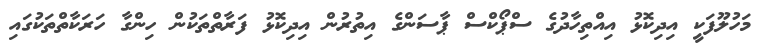
މަހުލޫފަކީ އިދިކޮޅު އިއްތިހާދުގެ ސްޕޯކްސް ޕާސަންގެ އިތުރުން އިދިކޮޅު ފަރާތްތަކުން ހިންގާ ހަރަކާތްތަކުގައި